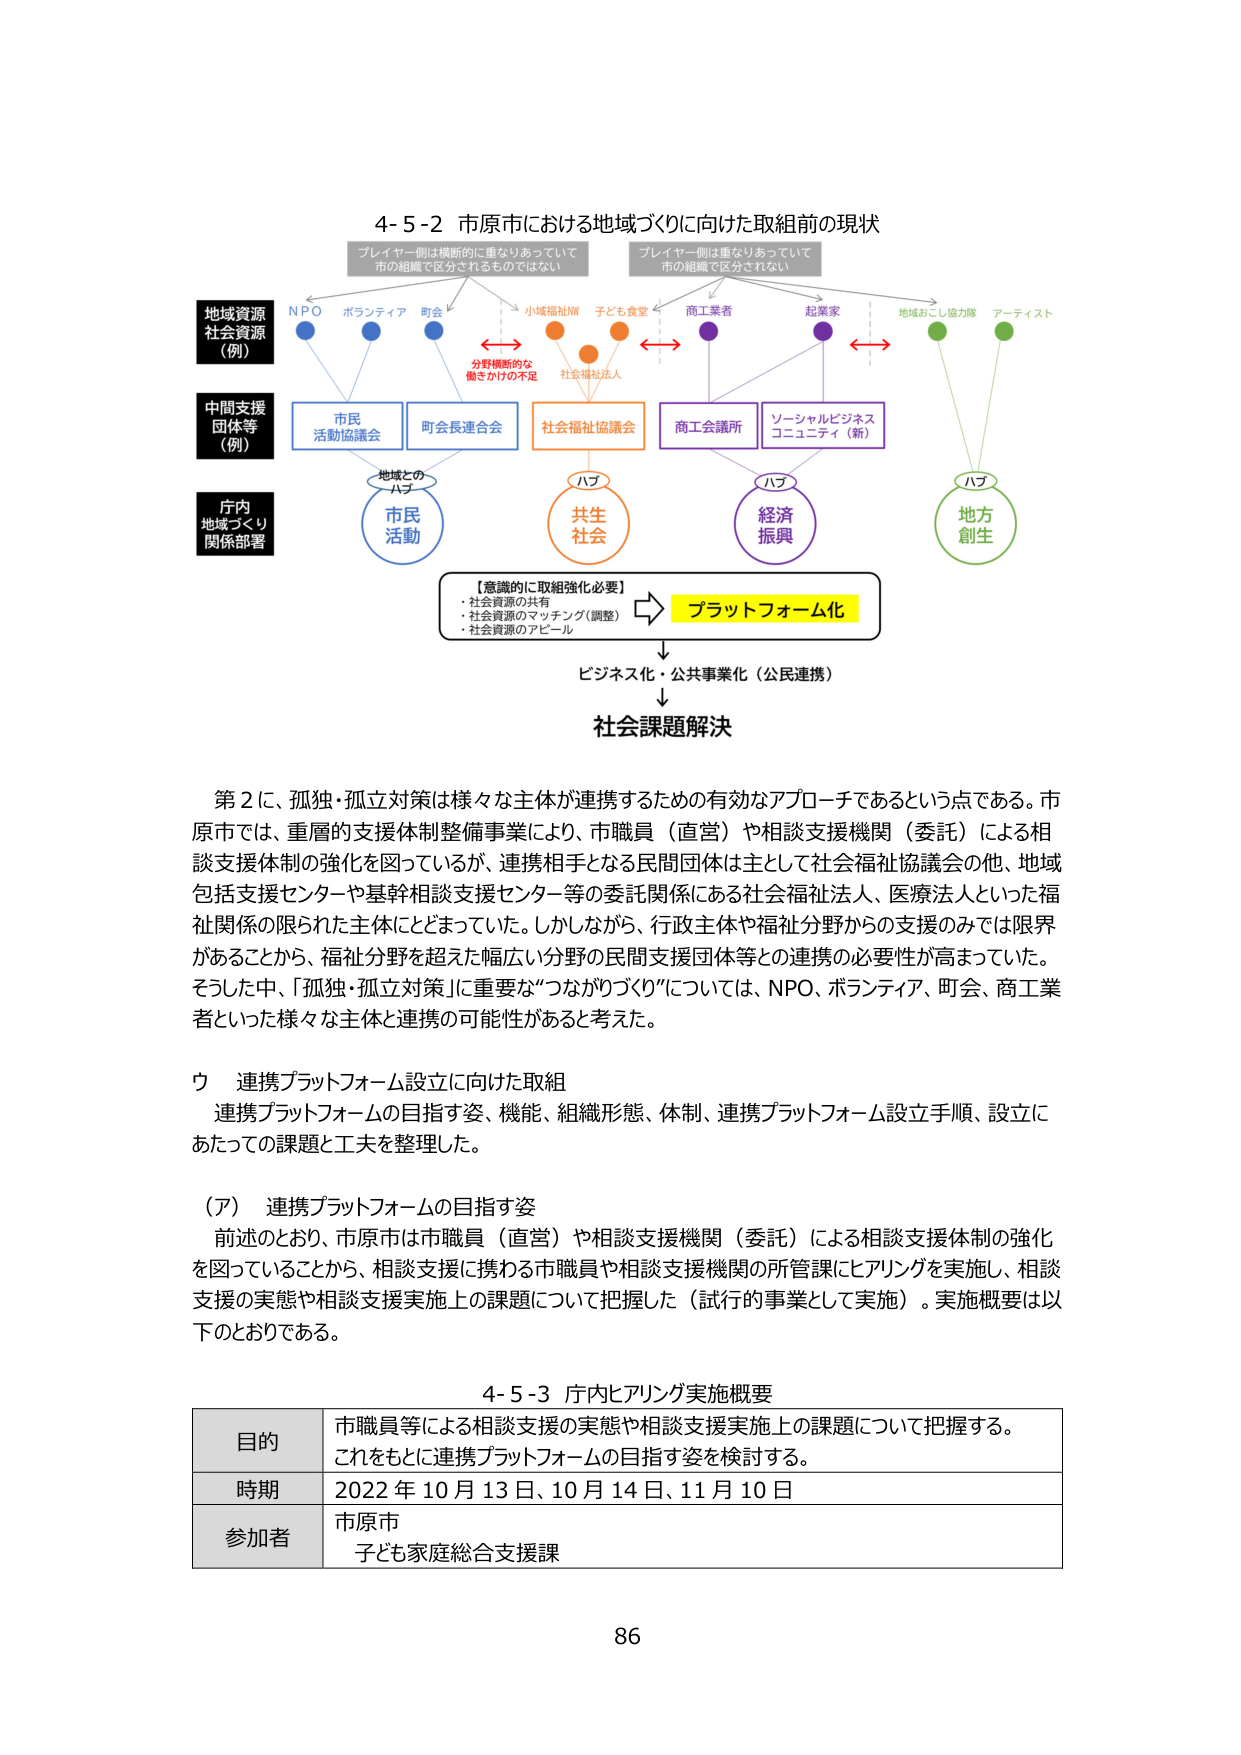
4-5-2 市原市における地域づくりに向けた取組前の現状

プレイヤー側は横断的に重なりあっていて
市の組織で区分されるものではない

プレイヤー側は重なりあっていて
市の組織で区分されない

地域資源
社会資源
（例）
NPO ボランティア 町会 小城福祉NW 子ども食堂 商工業者 起業家 地域おこし協力隊 アーティスト

中間支援
団体等
（例）
市民活動協議会 町会長連合会 社会福祉協議会 商工会議所 ソーシャルビジネスコミュニティ（新）

庁内
地域づくり
関係部署

地域との
ハブ
市民活動

ハブ
共生社会

ハブ
経済振興

ハブ
地方創生

【意識的に取組強化必要】
・社会資源の共有
・社会資源のマッチング（調整）
・社会資源のアピール

プラットフォーム化

ビジネス化・公共事業化（公民連携）

社会課題解決

第2に、孤独・孤立対策は様々な主体が連携するための有効なアプローチであるという点である。市原市では、重層的支援体制整備事業により、市職員（直営）や相談支援機関（委託）による相談支援体制の強化を図っているが、連携相手となる民間団体は主として社会福祉協議会の他、地域包括支援センターや基幹相談支援センター等の委託関係にある社会福祉法人、医療法人といった福祉関係の限られた主体にとどまっていた。しかしながら、行政主体や福祉分野からの支援のみでは限界があることから、福祉分野を超えた幅広い分野の民間支援団体等との連携の必要性が高まっていた。そうした中、「孤独・孤立対策」に重要な“つながりづくり”については、NPO、ボランティア、町会、商工業者といった様々な主体と連携の可能性があると考えた。

ウ 連携プラットフォーム設立に向けた取組
連携プラットフォームの目指す姿、機能、組織形態、体制、連携プラットフォーム設立手順、設立にあたっての課題と工夫を整理した。

（ア） 連携プラットフォームの目指す姿
前述のとおり、市原市は市職員（直営）や相談支援機関（委託）による相談支援体制の強化を図っていることから、相談支援に携わる市職員や相談支援機関の所管課にヒアリングを実施し、相談支援の実態や相談支援実施上の課題について把握した（試行的事業として実施）。実施概要は以下のとおりである。

4-5-3 庁内ヒアリング実施概要

| 目的 | 市職員等による相談支援の実態や相談支援実施上の課題について把握する。これをもとに連携プラットフォームの目指す姿を検討する。 |
|------|------------------------------------------------------------------------------------------------------------------|
| 時期 | 2022年10月13日、10月14日、11月10日 |
| 参加者 | 市原市<br>子ども家庭総合支援課 |

86